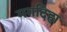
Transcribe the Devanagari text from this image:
मगदिहा